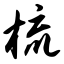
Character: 梳